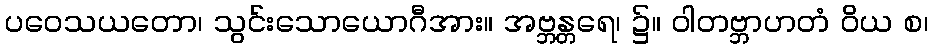
ပဝေသယတော၊ သွင်းသောယောဂီအား။ အဗ္ဘန္တရေ၊ ၌။ ဝါတဗ္ဘာဟတံ ဝိယ စ၊